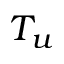
T _ { u }